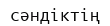
сәндіктің